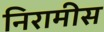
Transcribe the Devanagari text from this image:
निरामीस